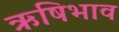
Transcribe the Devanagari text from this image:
ऋषिभाव